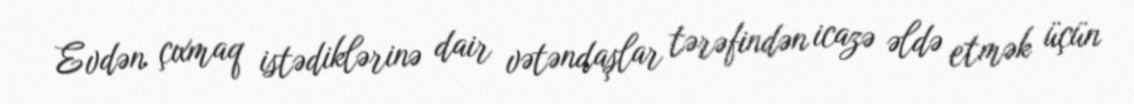
Evdən çıxmaq istədiklərinə dair vətəndaşlar tərəfindən icazə əldə etmək üçün